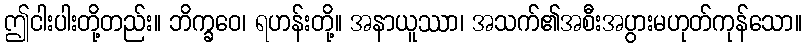
ဤငါးပါးတို့တည်း။ ဘိက္ခဝေ၊ ရဟန်းတို့။ အနာယူဿာ၊ အသက်၏အစီးအပွားမဟုတ်ကုန်သော။